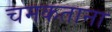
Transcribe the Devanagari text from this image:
चमकताना